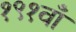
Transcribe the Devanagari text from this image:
१९१वाँ